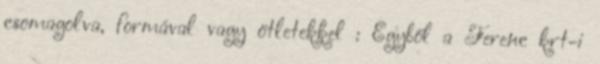
csomagolva, formával vagy ötletekkel : Egyből a Ferenc krt-i